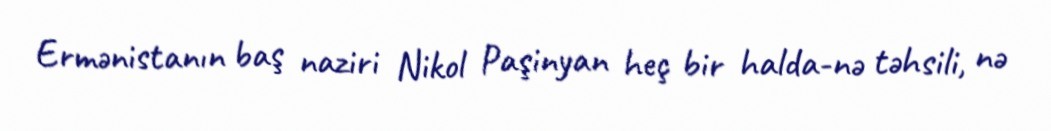
Ermənistanın baş naziri Nikol Paşinyan heç bir halda-nə təhsili, nə